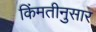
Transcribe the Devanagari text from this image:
किंमतीनुसार